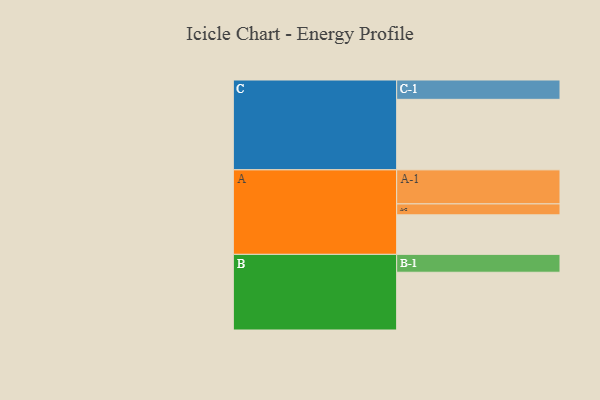
{"axis": {"x": "Segment", "y": "Value"}, "legend": ["", "A", "B", "C"], "data": [{"x": "A", "y": 325, "type": ""}, {"x": "B", "y": 475, "type": ""}, {"x": "C", "y": 580, "type": ""}, {"x": "A-1", "y": 280, "type": "A"}, {"x": "A-2", "y": 90, "type": "A"}, {"x": "B-1", "y": 147, "type": "B"}, {"x": "C-1", "y": 159, "type": "C"}]}